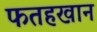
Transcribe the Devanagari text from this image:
फतहखान